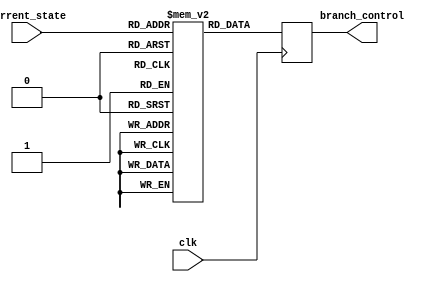
module Microcode_ROM (current_state, clk, branch_control);
    input clk;
    input [3:0] current_state;
    
    output reg [2:0] branch_control;

    reg [2:0] rom [12:0];

    initial begin
        /* Five branches:
            0: Default transition - increment state by 1
            1: Transitions for S3  
            2: Transitions for S10
            3: Transitions to S7
            4: Transitions to S0
        */

        // Encode branches from state table
        rom[0] <= 3'd0;
        rom[1] <= 3'd0;
        rom[2] <= 3'd0;
        rom[3] <= 3'd1;
        rom[4] <= 3'd3;
        rom[5] <= 3'd3;
        rom[6] <= 3'd0;
        rom[7] <= 3'd0;
        rom[8] <= 3'd0;
        rom[9] <= 3'd0;
        rom[10] <= 3'd2;
        rom[11] <= 3'd4;
        rom[12] <= 3'd4;

        branch_control <= 3'd0; // Initialize default transition branch
    end 

    always @(posedge clk) begin
        branch_control <= rom[current_state];   // Send branch to state selection mux
    end

endmodule